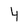
Character: 4